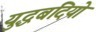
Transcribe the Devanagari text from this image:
युद्धबंदियो